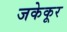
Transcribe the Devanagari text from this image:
जकेकूर